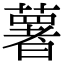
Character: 薯